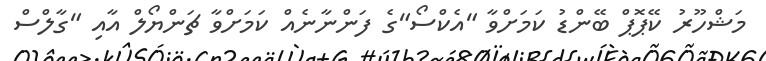
މަޝްހޫރު ކޭޕޮޕް ބޭންޑު ކަމަށްވާ "އެކްސޯ"ގެ ފަންނާނެއް ކަމަށްވާ ޗަންޔޯލް އާއި "ގާލްސް